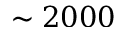
\sim 2 0 0 0